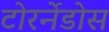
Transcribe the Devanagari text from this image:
टोरर्नेडोस